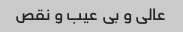
عالی و بی عیب و نقص